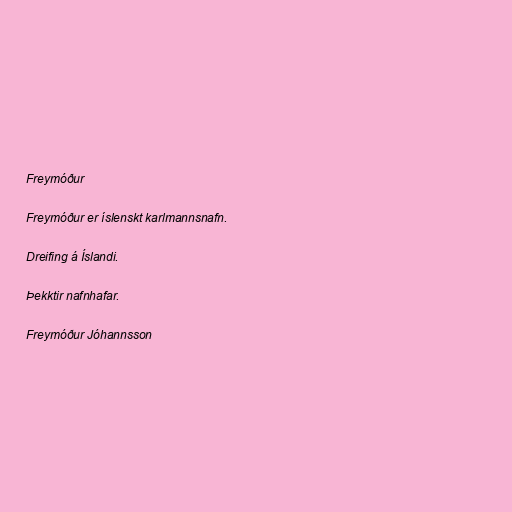
Freymóður

Freymóður er íslenskt karlmannsnafn.

Dreifing á Íslandi.

Þekktir nafnhafar.

Freymóður Jóhannsson